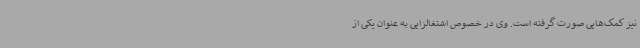
نیز کمک‌هایی صورت گرفته است. وی در خصوص اشتغالزایی به عنوان یکی از